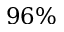
9 6 \%